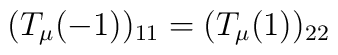
(T_\mu(-1))_{11} = (T_\mu(1))_{22}